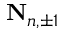
\mathbf { N } _ { n , \pm 1 }